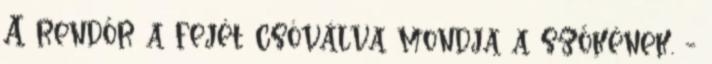
A rendőr a fejét csóválva mondja a szőkének. -